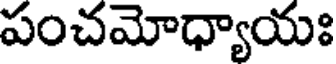
పంచమోధ్యాయః